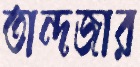
তান্দজার